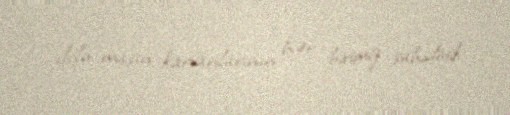
dolu maşın karvanlarının hər birimiz şahidiyik.